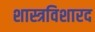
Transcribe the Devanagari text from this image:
शास्त्रविशारद